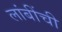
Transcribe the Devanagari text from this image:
लांबींची